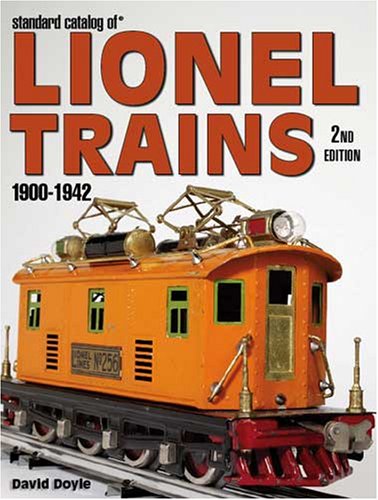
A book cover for Standard Catalog of Lionel Trains 1900-1942, 2nd Edition; David Doyle; Crafts, Hobbies & Home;